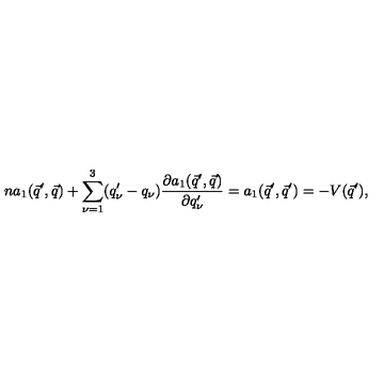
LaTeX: n a _ { 1 } ( \vec { q } ^ { \prime } , \vec { q } ) + \sum _ { \nu = 1 } ^ { 3 } ( q _ { \nu } ^ { \prime } - q _ { \nu } ) \frac { \partial a _ { 1 } ( \vec { q } ^ { \prime } , \vec { q } ) } { \partial q _ { \nu } ^ { \prime } } = a _ { 1 } ( \vec { q } ^ { \prime } , \vec { q } ^ { \prime } ) = - V ( \vec { q } ^ { \prime } ) ,